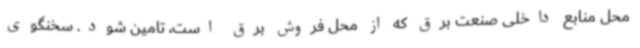
محل منابع داخلی صنعت برق که از محل فروش برق است، تامین شود. سخنگوی